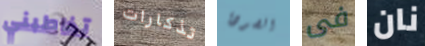
تخاطبني تذكارات الصودا فى نان